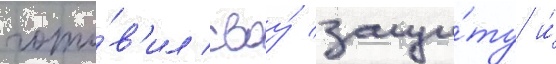
гото́в'ил своу́ защи́ту и́